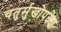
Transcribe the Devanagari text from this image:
चतुर्मुखोपदेश